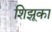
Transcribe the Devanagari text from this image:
शिझूका